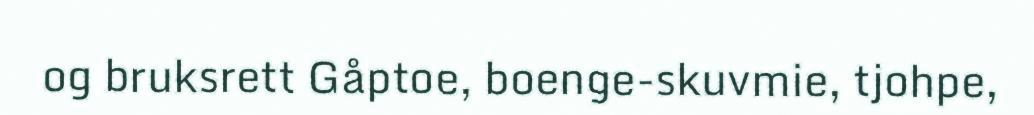
og bruksrett Gåptoe, boenge-skuvmie, tjohpe,